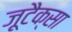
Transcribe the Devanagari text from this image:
ज़ूटैक्सा